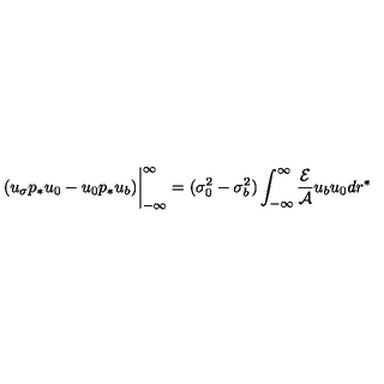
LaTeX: ( u _ { \sigma } p _ { * } u _ { 0 } - u _ { 0 } p _ { * } u _ { b } ) \bigg | _ { - \infty } ^ { \infty } = ( \sigma _ { 0 } ^ { 2 } - \sigma _ { b } ^ { 2 } ) \int _ { - \infty } ^ { \infty } \frac { { \cal E } } { { \cal A } } u _ { b } u _ { 0 } d r ^ { * }